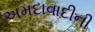
અમદાવાદીની